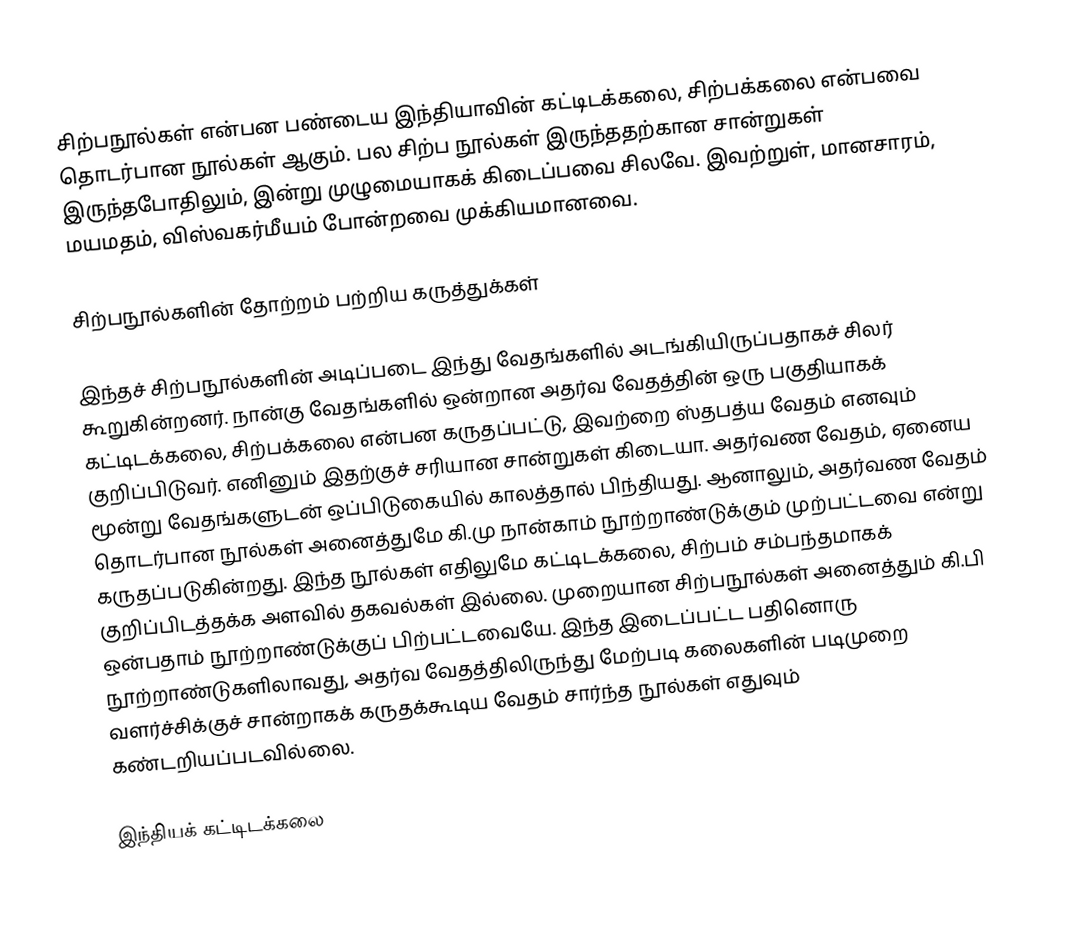
சிற்பநூல்கள் என்பன பண்டைய இந்தியாவின் கட்டிடக்கலை, சிற்பக்கலை என்பவை தொடர்பான நூல்கள் ஆகும். பல சிற்ப நூல்கள் இருந்ததற்கான சான்றுகள் இருந்தபோதிலும், இன்று முழுமையாகக் கிடைப்பவை சிலவே. இவற்றுள், மானசாரம், மயமதம், விஸ்வகர்மீயம் போன்றவை முக்கியமானவை.

சிற்பநூல்களின் தோற்றம் பற்றிய கருத்துக்கள்

இந்தச் சிற்பநூல்களின் அடிப்படை இந்து வேதங்களில் அடங்கியிருப்பதாகச் சிலர் கூறுகின்றனர். நான்கு வேதங்களில் ஒன்றான அதர்வ வேதத்தின் ஒரு பகுதியாகக் கட்டிடக்கலை, சிற்பக்கலை என்பன கருதப்பட்டு, இவற்றை ஸ்தபத்ய வேதம் எனவும் குறிப்பிடுவர். எனினும் இதற்குச் சரியான சான்றுகள் கிடையா. அதர்வண வேதம், ஏனைய மூன்று வேதங்களுடன் ஒப்பிடுகையில் காலத்தால் பிந்தியது. ஆனாலும், அதர்வண வேதம் தொடர்பான நூல்கள் அனைத்துமே கி.மு நான்காம் நூற்றாண்டுக்கும் முற்பட்டவை என்று கருதப்படுகின்றது. இந்த நூல்கள் எதிலுமே கட்டிடக்கலை, சிற்பம் சம்பந்தமாகக் குறிப்பிடத்தக்க அளவில் தகவல்கள் இல்லை. முறையான சிற்பநூல்கள் அனைத்தும் கி.பி ஒன்பதாம் நூற்றாண்டுக்குப் பிற்பட்டவையே. இந்த இடைப்பட்ட பதினொரு நூற்றாண்டுகளிலாவது, அதர்வ வேதத்திலிருந்து மேற்படி கலைகளின் படிமுறை வளர்ச்சிக்குச் சான்றாகக் கருதக்கூடிய வேதம் சார்ந்த நூல்கள் எதுவும் கண்டறியப்படவில்லை.

இந்தியக் கட்டிடக்கலை